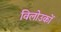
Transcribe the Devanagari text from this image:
विलोउकों